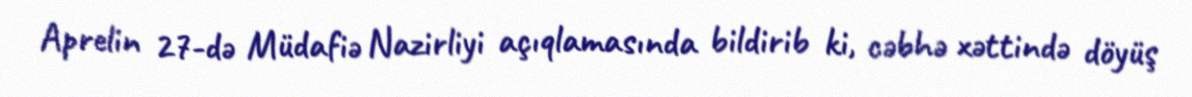
Aprelin 27-də Müdafiə Nazirliyi açıqlamasında bildirib ki, cəbhə xəttində döyüş